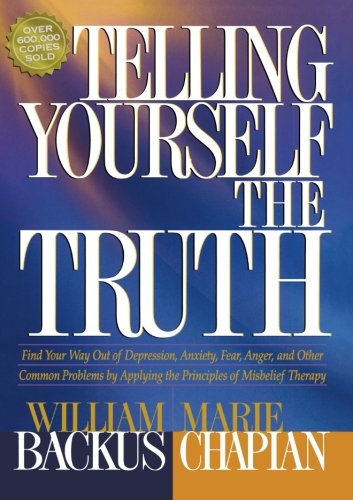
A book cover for Telling Yourself the Truth: Find Your Way Out of Depression, Anxiety, Fear, Anger, and Other Common Problems by Applying the Principles of Misbelief Therapy; William Backus; Health, Fitness & Dieting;